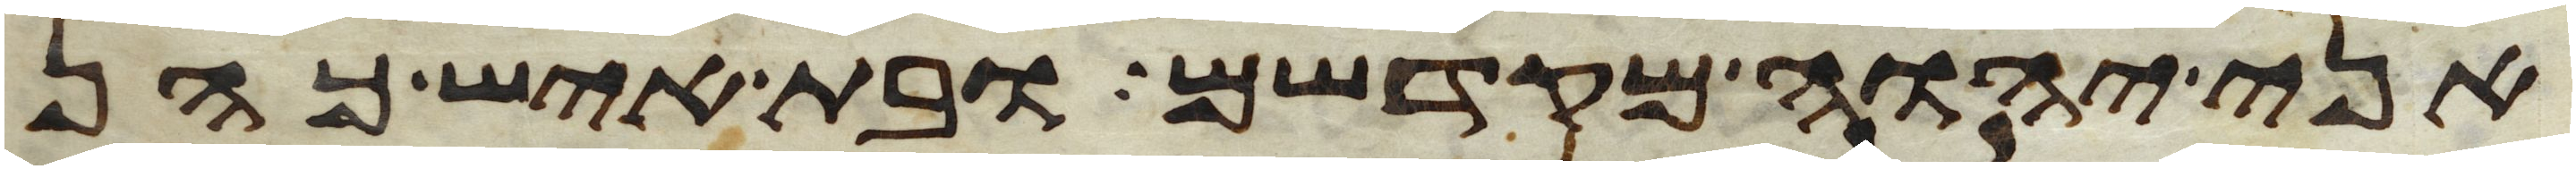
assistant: אני יהוה מקדשם ובת איש כהן